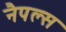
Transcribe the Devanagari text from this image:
नैपल्स